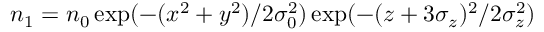
n _ { 1 } = n _ { 0 } \exp ( - ( x ^ { 2 } + y ^ { 2 } ) / 2 \sigma _ { 0 } ^ { 2 } ) \exp ( - ( z + 3 \sigma _ { z } ) ^ { 2 } / 2 \sigma _ { z } ^ { 2 } )